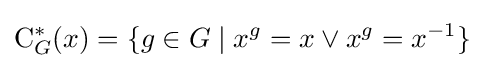
\mathrm {C} _{G}^{*}(x)=\{g\in G\mid x^{g}=x\lor x^{g}=x^{-1}\}